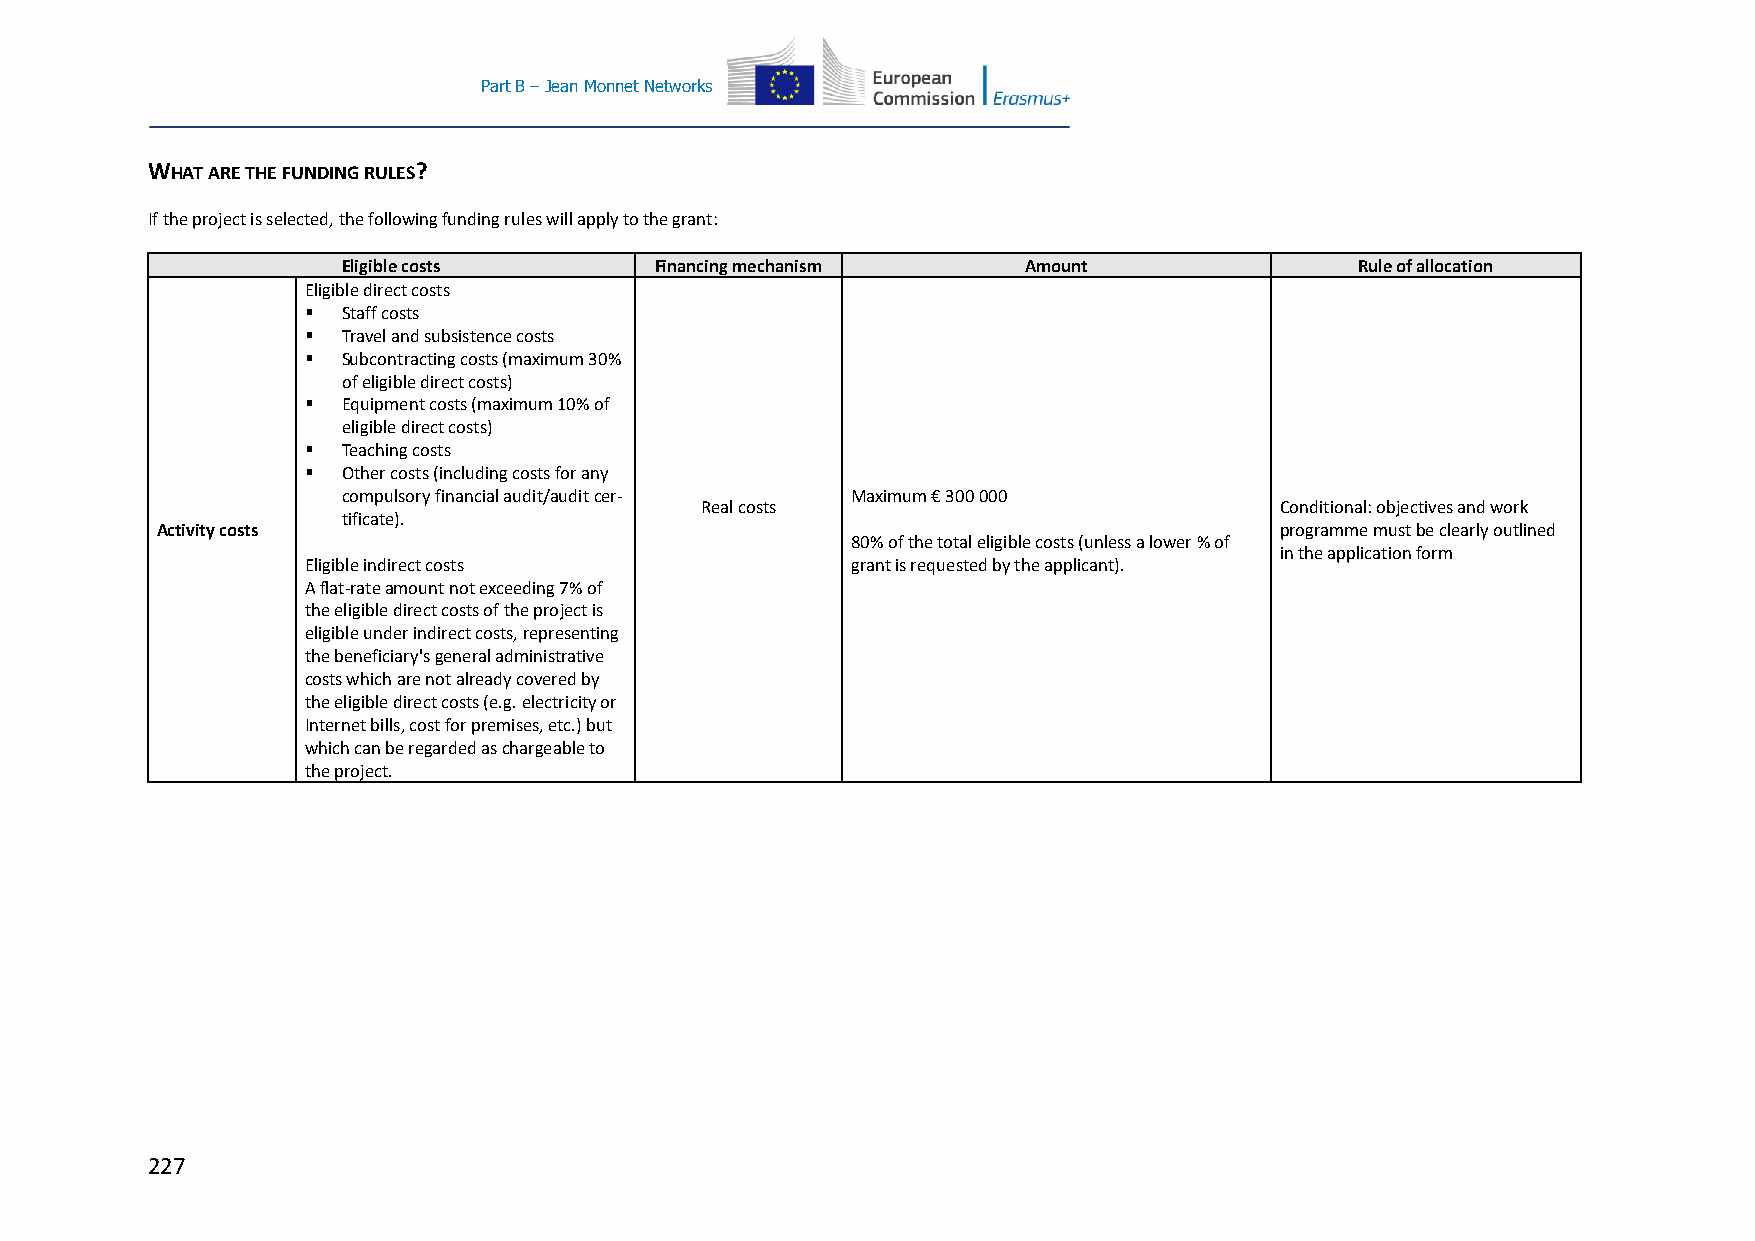
Part B – Jean Monnet Networks
 WHAT ARE THE FUNDING RULES?
 If the project is selected, the following funding rules will apply to the grant:
 Eligible costs      Financing mechanism      Amount                Rule of allocation
 Eligible direct costs
   Staff costs
   Travel and subsistence costs
   Subcontracting costs (maximum 30%
 of eligible direct costs)
   Equipment costs (maximum 10% of
 eligible direct costs)
   Teaching costs
   Other costs (including costs for any
 compulsory financial audit/audit cer- Maximum € 300 000
 Real costs                             Conditional: objectives and work
 tificate).
 Activity costs                                                             programme must be clearly outlined
 80% of the total eligible costs (unless a lower % of
 in the application form
 Eligible indirect costs             grant is requested by the applicant).
 A flat-rate amount not exceeding 7% of
 the eligible direct costs of the project is
 eligible under indirect costs, representing
 the beneficiary's general administrative
 costs which are not already covered by
 the eligible direct costs (e.g. electricity or
 Internet bills, cost for premises, etc.) but
 which can be regarded as chargeable to
 the project.
 227